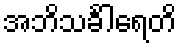
အဘိသင်္ခါရေတိ